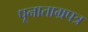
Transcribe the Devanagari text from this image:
पूनाताम्रपत्र